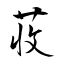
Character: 荍